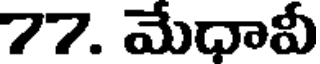
77. మేధావీ